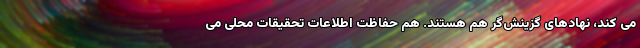
می کند، نهادهای گزینش‌گر هم هستند. هم حفاظت اطلاعات تحقیقات محلی می